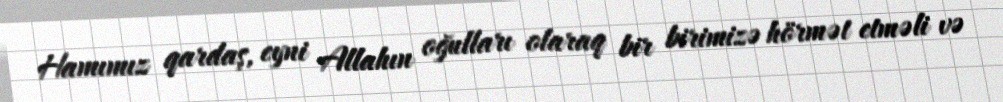
Hamımız qardaş, eyni Allahın oğulları olaraq bir birimizə hörmət etməli və